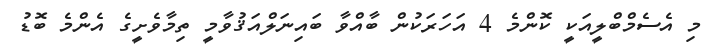
މި އެސެމްބްލީއަކީ ކޮންމެ 4 އަހަރަކުން ބާއްވާ ބައިނަލްއަޤުވާމީ ތިމާވެށީގެ އެންމެ ބޮޑު